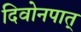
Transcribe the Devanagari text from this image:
दिवोनपात्